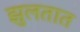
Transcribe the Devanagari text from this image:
झुलतात